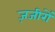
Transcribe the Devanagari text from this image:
ज़जीरों